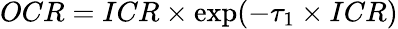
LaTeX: OCR=ICR\times\exp(-\tau_{1}\times ICR)